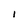
Character: I